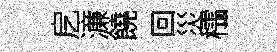
戹濓饒回災櫺